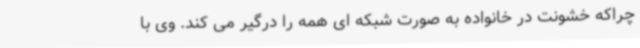
چراکه خشونت در خانواده به صورت شبکه ای همه را درگیر می کند. وی با